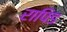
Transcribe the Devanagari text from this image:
रापिड